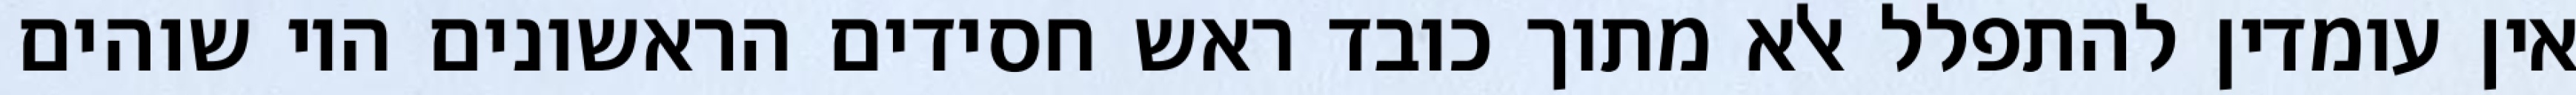
אין עומדין להתפלל אלא מתוך כובד ראש חסידים הראשונים היו שוהים